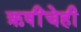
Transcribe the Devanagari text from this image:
ऋषींचेही